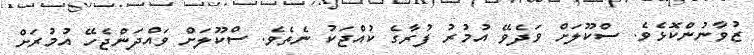
ޒުވާނުންކޮޅެވެ. ސްކޫލަށް ވަދެވޭ އުމުރު ފުރާގެ ކުއްޖަކު ނެތެވެ. ސްކޫލަށް ވައްދަންޖެހޭ އުމުރަށް